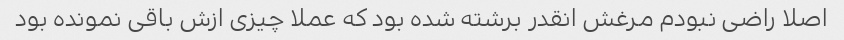
اصلا راضی نبودم مرغش انقدر برشته شده بود که عملا چیزی ازش باقی نمونده بود